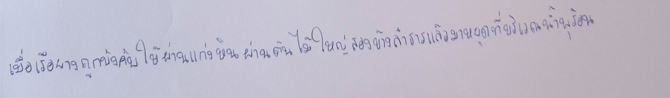
เมื่อเรือยางถูกบังคับให้ผ่านแก่งหินผ่านต้นไม้ใหญ่สองข้างลำธารแล้วมาหยุดที่บริเวณน้ำพุร้อน